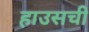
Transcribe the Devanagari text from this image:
हाउसची